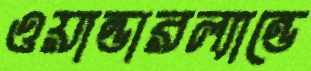
ওয়ান্ডারল্যান্ডে